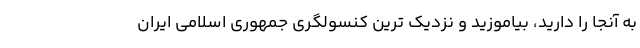
به آنجا را دارید، بیاموزید و نزدیک ترین کنسولگری جمهوری اسلامی ایران